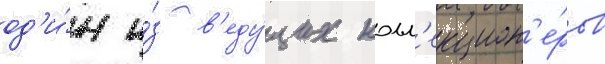
од'и́н и́з в'еду́щих колл'екцион'е́ров